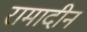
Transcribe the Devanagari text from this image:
रामादीन